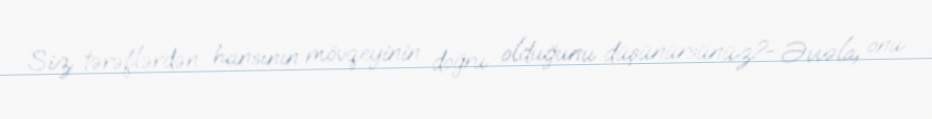
Siz tərəflərdən hansının mövqeyinin doğru olduğunu düşünürsünüz?- Əvvəla, onu